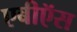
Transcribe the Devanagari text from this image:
एबीऍस